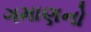
ગમાણનો